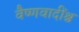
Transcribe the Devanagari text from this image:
वैष्णवादींश्च